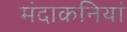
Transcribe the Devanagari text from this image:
मंदाकनियां